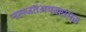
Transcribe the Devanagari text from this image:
नसजतंअपवसमज